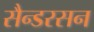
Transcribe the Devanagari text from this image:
सैन्डरसन